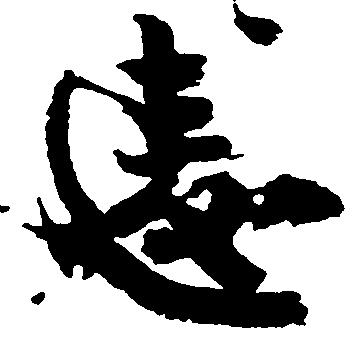
違